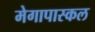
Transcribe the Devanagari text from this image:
मेगापास्कल